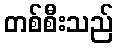
တစ်စီးသည်